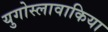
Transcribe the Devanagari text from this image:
युगोस्लावाकिया